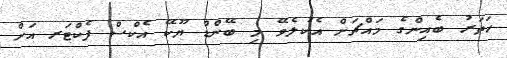
ހަތަރު ބެއިންގެ މައްޗަށް އެކުލެވޭ މި ބޭންޑް ޔޫކޭ އެކްސް ފެކްޓަރ އަށް